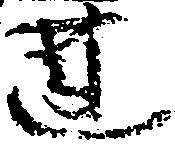
蓮